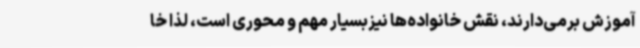
آموزش برمی‌دارند، نقش خانواده‌ها نیزبسیار مهم و محوری است، لذا خا